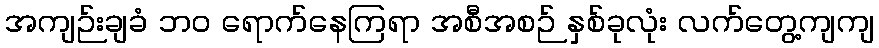
အကျဉ်းချခံ ဘဝ ရောက်နေကြရာ အစီအစဉ် နှစ်ခုလုံး လက်တွေ့ကျကျ